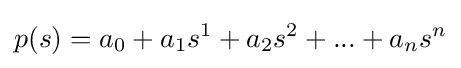
p(s)=a_{0}+a_{1}s^{1}+a_{2}s^{2}+...+a_{n}s^{n}